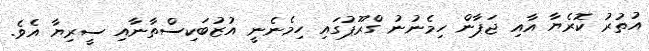
އުތުރު ކޮރެޔާ އާއި ޖަޕާން ހިމެނުނު ގްރޫޕުގައި ހިމެނެނީ އުޒުބަކިސްތާނާއި ސީރިޔާ އެވެ.